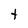
Character: t